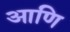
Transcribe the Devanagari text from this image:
आणि